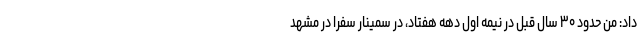
داد: من حدود ۳۰ سال قبل در نیمه اول دهه هفتاد، در سمینار سفرا در مشهد